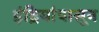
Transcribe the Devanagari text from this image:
इंद्रियांपासून